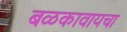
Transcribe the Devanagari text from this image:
बळकावायचा